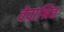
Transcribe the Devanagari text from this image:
वेदाश्रित